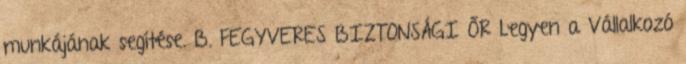
munkájának segítése. B. FEGYVERES BIZTONSÁGI ŐR Legyen a Vállalkozó